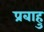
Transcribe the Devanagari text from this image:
प्रबाहु